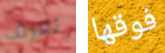
تعرف فوقها